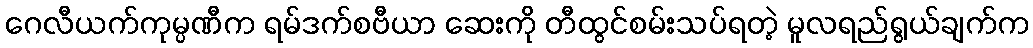
ဂေလီယက်ကုမ္ပဏီက ရမ်ဒက်စဗီယာ ဆေးကို တီထွင်စမ်းသပ်ရတဲ့ မူလရည်ရွယ်ချက်က